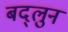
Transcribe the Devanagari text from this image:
बद्लुन